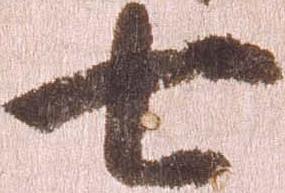
七